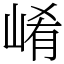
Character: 崤